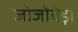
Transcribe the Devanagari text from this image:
जोजोबेड़ा